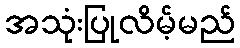
အသုံးပြုလိမ့်မည်